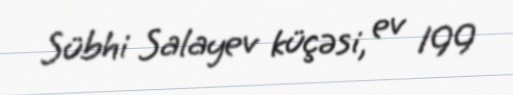
Sübhi Salayev küçəsi, ev 199